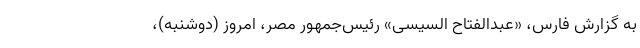
به گزارش فارس، «عبدالفتاح السیسی» رئیس‌جمهور مصر، امروز (دوشنبه)،